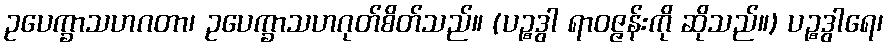
ဥပေက္ခာသဟဂတာ၊ ဥပေက္ခာသဟဂုတ်စိတ်သည်။ (ပဉ္စဒွါ ရာဝဇ္ဇန်းကို ဆိုသည်။) ပဉ္စဒွါရေ၊